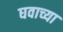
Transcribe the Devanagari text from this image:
घवाच्या